Riigikantselei, lk 158
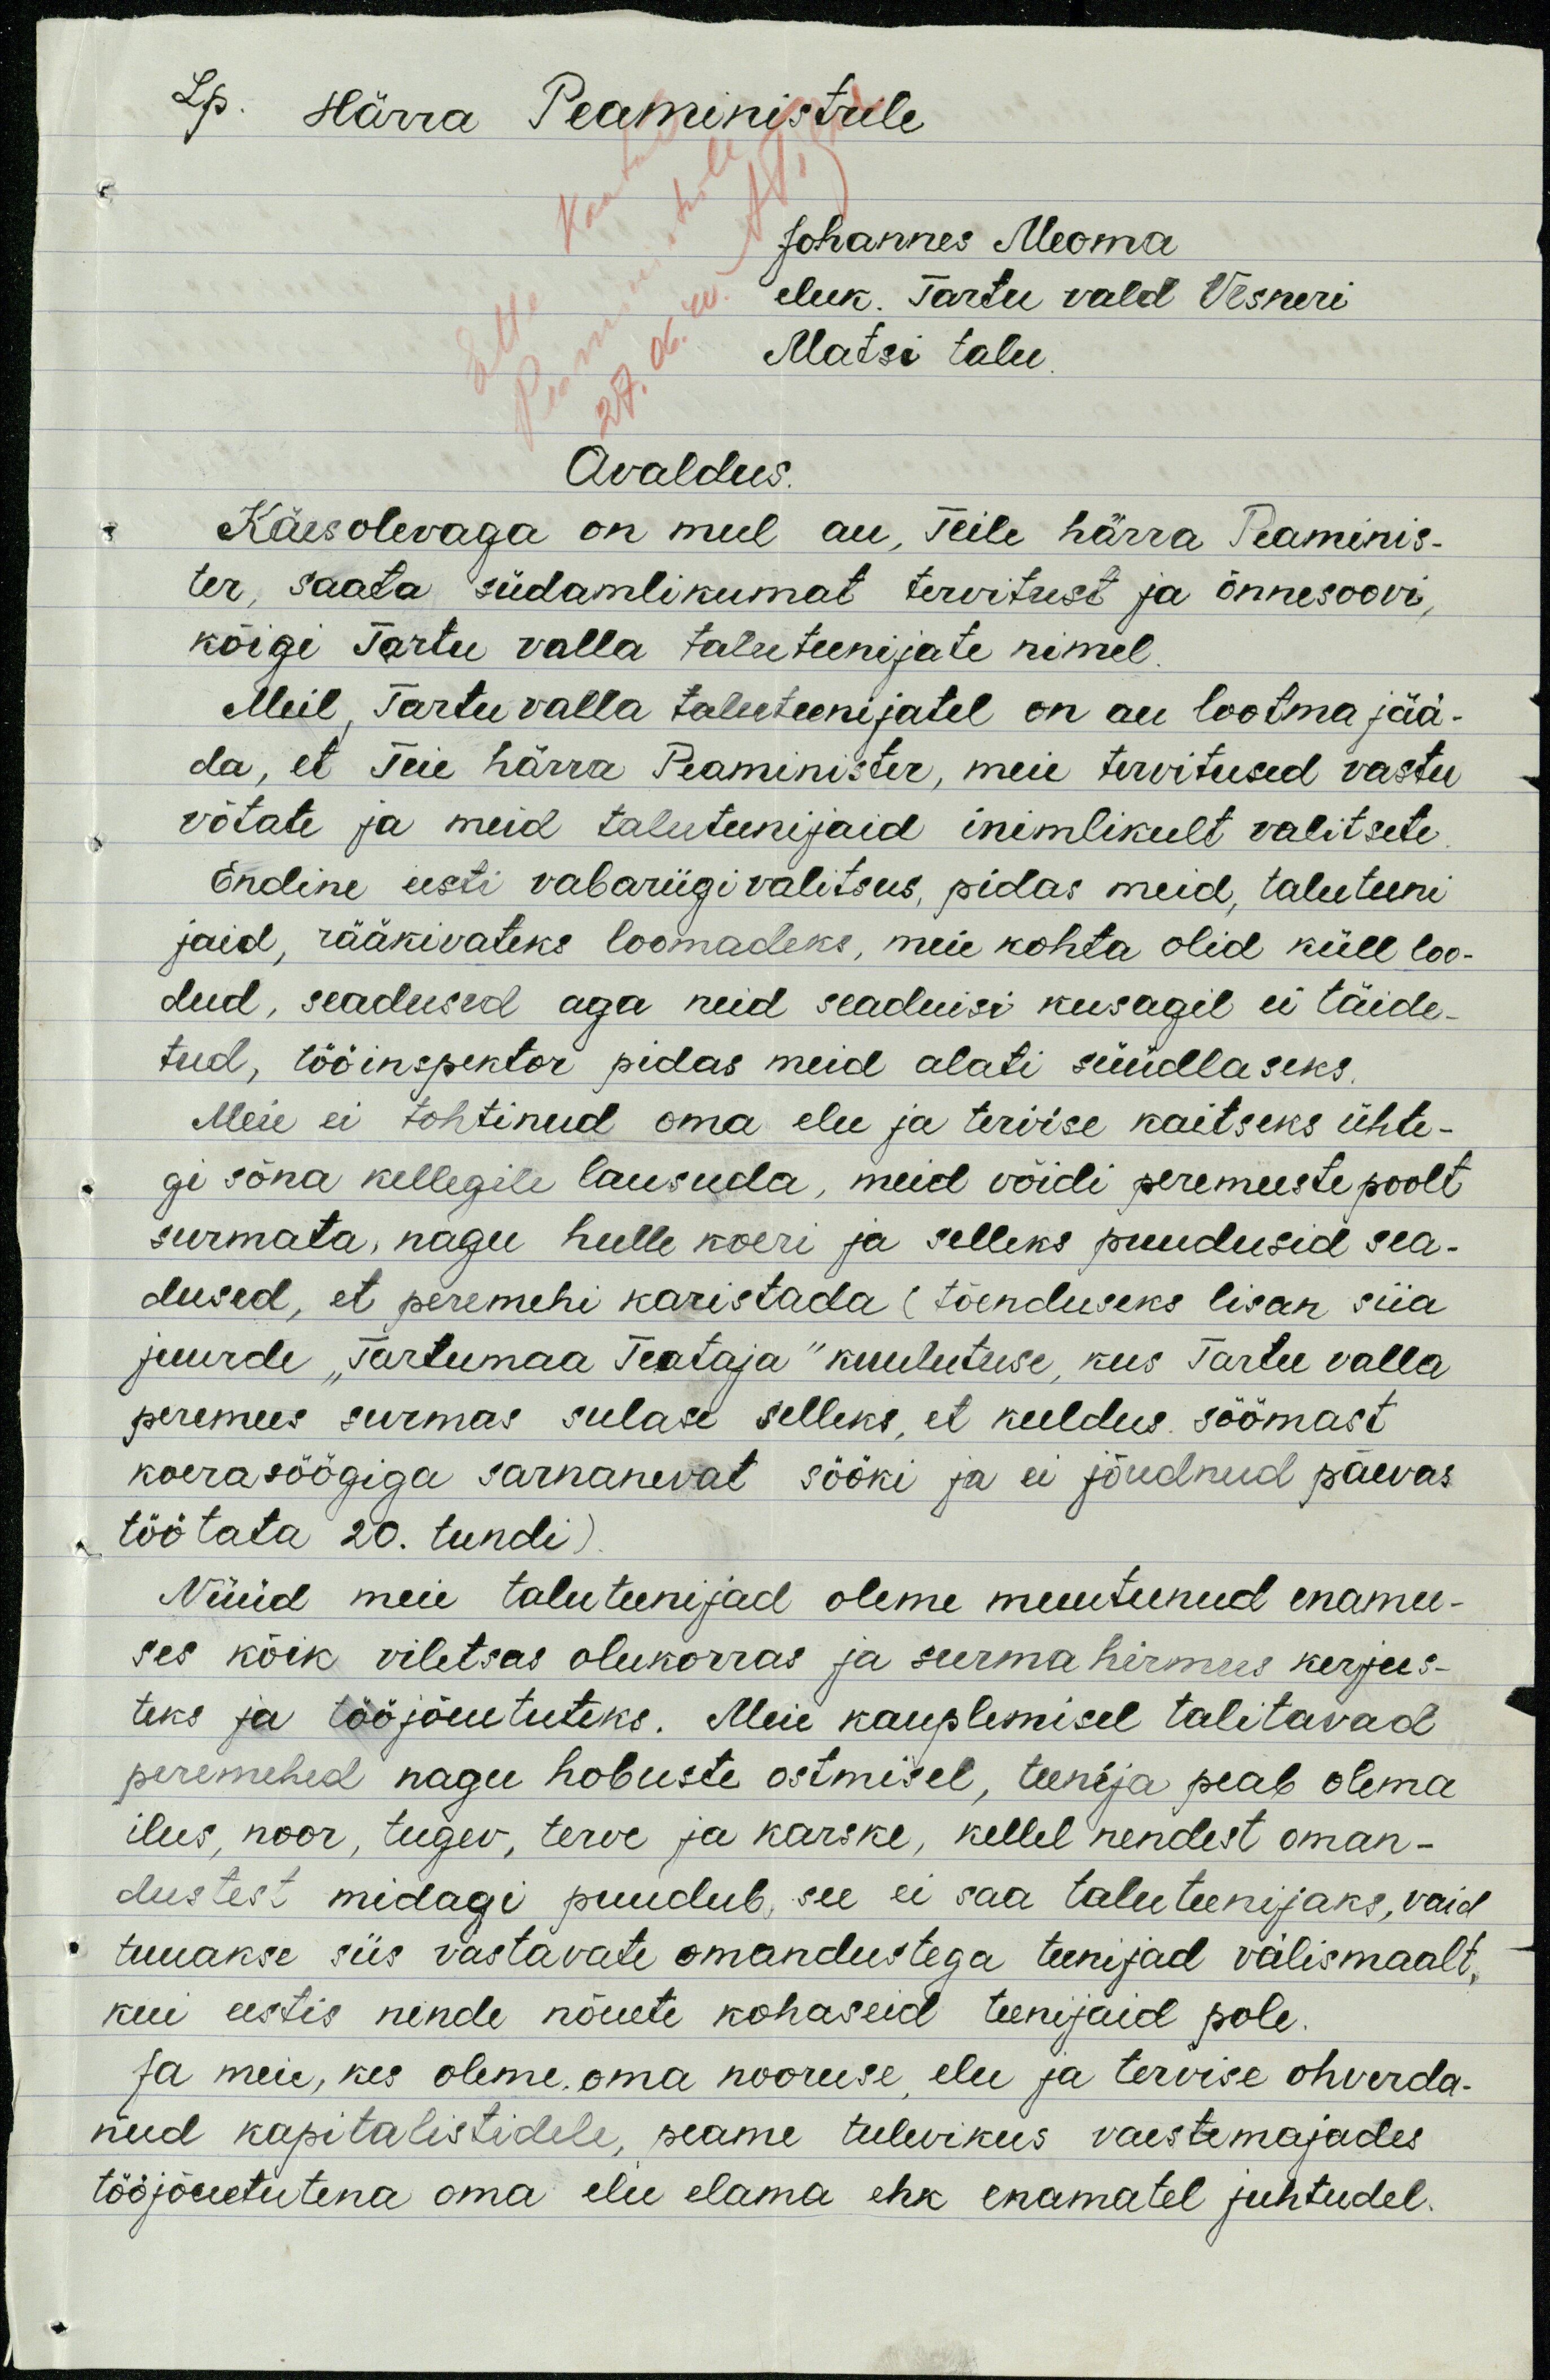
Lp. Härra Peaministrile
Johannes Meoma
eluk. Tartu vald Vesneri
Matsi talu
Avaldus
Käesolevaga on mul au, Teile härra Peaminis-
ter, saata südamlikumat tervitust ja õnnesoovi,
kõigi Tartu valla taluteenijate nimel.
Meil, Tartu valla taluteenijatel on au lootma jää-
da, et Teie härra Peaminister, meie tervitused vastu
võtate ja meid taluteenijaid inimlikult valitsete.
Endine eesti vabariigi valitsus, pidas meid, taluteeni
jaid, rääkivateks loomadeks, meie kohta olid küll loo-
dud, seadused aga neid seaduisi kusagil ei täide-
tud, tööinspektor pidas meid alati süüdlaseks.
Meie ei tohtinud oma elu ja tervise kaitseks ühte-
gi sõna kellegile lausuda, meid võidi peremeeste poolt
surmata, nagu hulle koeri ja selleks puudusid sea-
dused, et peremehi karistada (tõenduseks lisan siia
juurde "Tartumaa Teataja" kuulutuse, kus Tartu valla
peremees surmas sulase selleks, et keeldus söömast
koerasöögiga sarnanevat sööki ja ei jõudnud päevas
töötata 20. tundi
Nüüd meie taluteenijad oleme muutunud enamu-
ses kõik viletsas olukorras ja surma hirmus kerjus-
teks ja tööjõuetuteks. Meie kauplemisel talitavad
peremehed nagu hobuste ostmisel, teenija peab olema
ilus, noor, tugev, terve ja karske, kellel nendest oman-
dustest midagi puudub, see ei saa taluteenijaks, vaid
tuuakse siis vastavate omandustega teenijad välismaalt,
kui eestis nende nõuete kohaseid teenijaid pole.
Ja meie, kes oleme oma nooruse elu ja tervise ohverda-
nud kapitalistidele, peame tulevikus vaestemajades
tööjõuetutena oma elu elama ehk enamatel juhtudel.